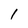
Character: 1